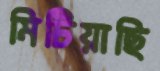
মিটিয়াছি